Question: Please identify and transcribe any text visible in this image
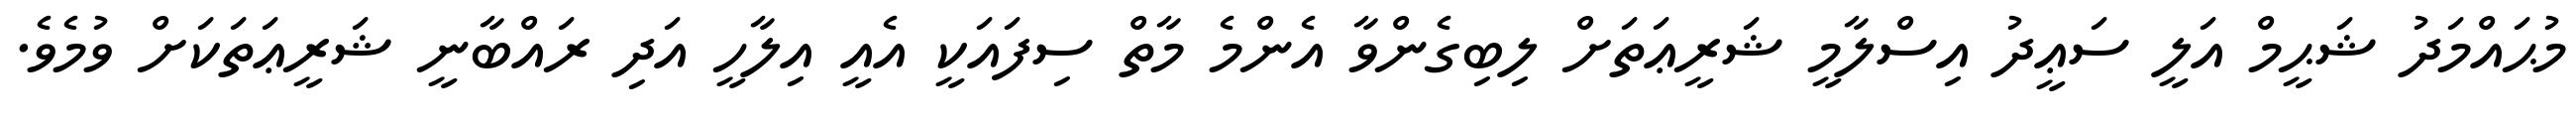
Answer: މުޙައްމަދު ޝަޙީމް އަލީ ސަޢީދު އިސްލާމީ ޝަރީޢަތަށް ލިބިގެންވާ އެންމެ މާތް ސިފައަކީ އެއީ އިލާހީ އަދި ރައްބާނީ ޝަރީޢަތަކަށް ވުމެވެ.